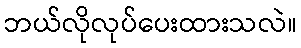
ဘယ်လိုလုပ်ပေးထားသလဲ။